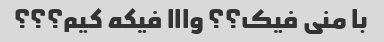
با منی فیک؟؟ وااا فیکه کیم؟؟؟